Civil Veterinary Dept. Bombay admin report 1907-1913 - 1907-1913
Year: 1907
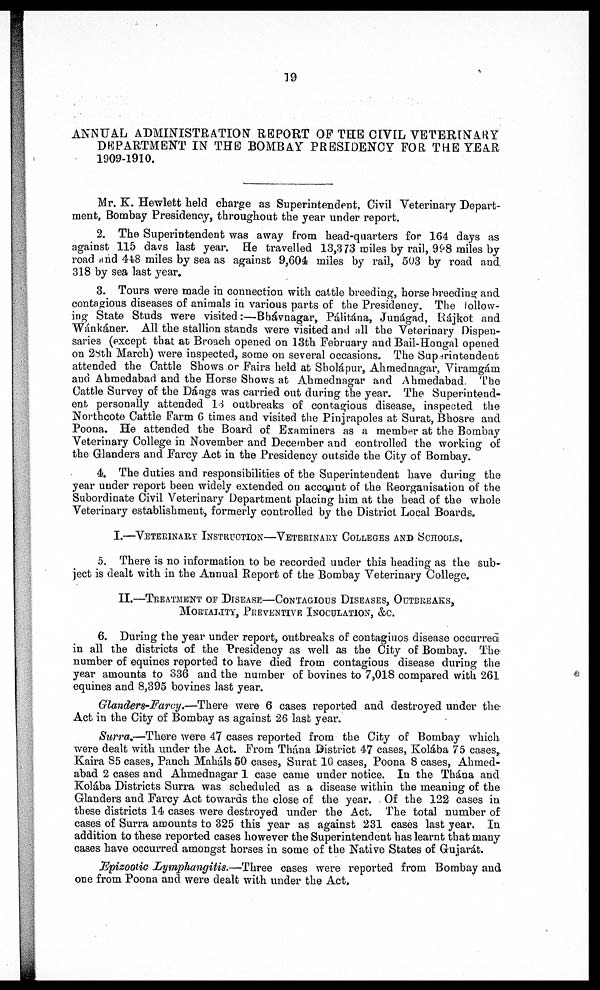
19
ANNUAL ADMINISTRATION REPORT OF THE CIVIL VETERINARY
DEPARTMENT IN THE BOMBAY PRESIDENCY FOR THE YEAR
1909-1910.
Mr. K. Hewlett held charge as Superintendent, Civil Veterinary Depart¬
ment, Bombay Presidency, throughout the year under report.
2. The Superintendent was away from head-quarters for 164 days as
against 115 davs last year. He travelled 13,373 miles by rail, 998 miles by
road and 448 miles by sea as against 9,604 miles by rail, 503 by road
and 318 by sea last year.
3. Tours were made in connection with cattle breeding, horse breeding and
contagious diseases of animals in various parts of the Presidency. The follow
ing State Studs were visited:—Bhávnagar, Pálitána, Junágad, Rájkot and
Wánkáner. All the stallion stands were visited and all the Veterinary Dispen-
saries (except that at Broach opened on 13th February and Bail-Hongal opened
on 28th March) were inspected, some on several occasions. The Superintendent
attended the Cattle Shows or Fairs held at Sholápur, Ahmednagar, Viramgáni
and Ahmedabad and the Horse Shows at Ahmednagar and Ahmedabad. The
Cattle Survey of the Dngs was carried out during the year. The Superintend¬
ent personally attended 18 outbreaks of contagious disease, inspected the
Northcote Cattle Farm 6 times and visited the Pinjrapoles at Surat, Bhosre and
Poona. He attended the Board of Examiners as a member at the Bombay
Veterinary College in November and December and controlled the working of
the Glanders and Farcy Act in the Presidency outside the City of Bombay.
4. The duties and responsibilities of the Superintendent have during the
year under report been widely extended on account of the Reorganisation of the
Subordinate Civil Veterinary Department placing him at the head of the whole
Veterinary establishment, formerly controlled by the District Local Boards.
I.—VETERINARY INSTRUCTION—VETERINARY COLLEGES AND SCHOOLS.
5. There is no information to be recorded under this heading as the sub-
ject is dealt with in the Annual Report of the Bombay Veterinary College.
II.—TREATMENT OF DISEASE—CONTAGIOUS DISEASES, OUTBREAKS,
MORTALITY, PREVENTIVE INOCULATION, &C.
6. During the year under report, outbreaks of contagiuos disease occurred
in all the districts of the Presidency as well as the City of Bombay. The
number of equines reported to have died from contagious disease during the
year amounts to 336 and the number of bovines to 7,018 compared with 261
equines and 8,395 bovines last year.
Glanders-Farcy.—There were 6 cases reported and destroyed under the
Act in the City of Bombay as against 26 last year.
Surra.—There were 47 cases reported from the City of Bombay which
were dealt with under the Act. From Thána District 47 cases, Kolába 75 cases,
Kaira 85 cases, Panch Mahals 50 cases, Surat 10 cases, Poona 8 cases, Ahmed-
abad 2 cases and Ahmednagar 1 case came under notice. In the Thána and
Kolába Districts Surra was scheduled as a disease within the meaning of the
Glanders and Farcy Act towards the close of the year. Of the 122 cases in
these districts 14 cases were destroyed under the Act. The total number of
cases of Surra amounts to 325 this year as against 231 cases last year. In
addition to these reported cases however the Superintendent has learnt that many
cases have occurred amongst horses in some of the Native States of Gujarát.
Epizootic Lymphangitis.—Three cases were reported from Bombay and
one from Poona and were dealt with under the Act,